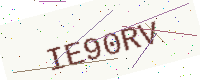
Text: IE90RV